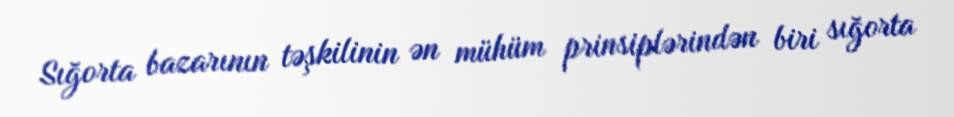
Sığorta bazarının təşkilinin ən mühüm prinsiplərindən biri sığorta